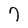
Character: 7